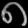
Digit: ၈